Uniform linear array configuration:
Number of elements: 4
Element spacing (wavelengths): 0.25
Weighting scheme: hamming
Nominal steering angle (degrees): -45
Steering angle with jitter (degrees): -43.551
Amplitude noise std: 0.05
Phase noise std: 0.05

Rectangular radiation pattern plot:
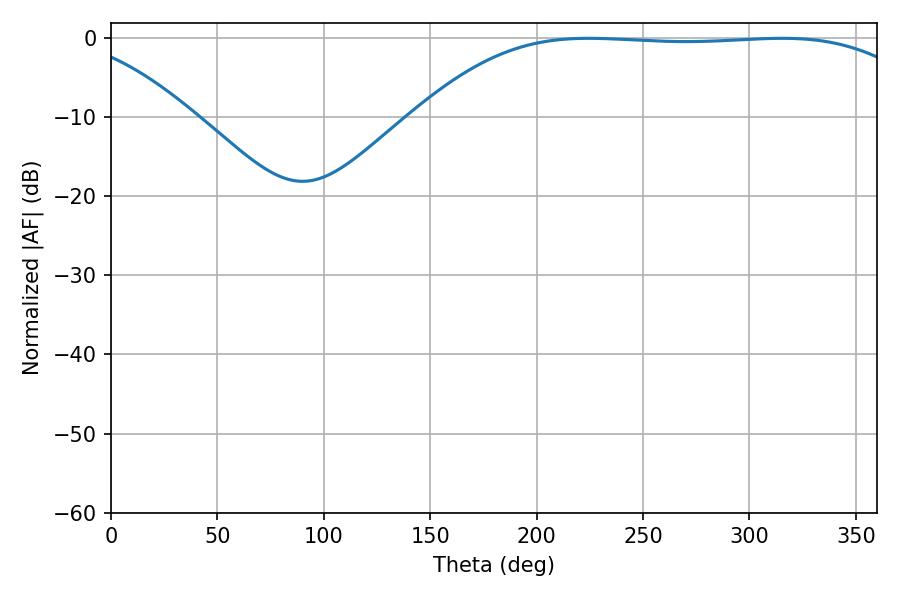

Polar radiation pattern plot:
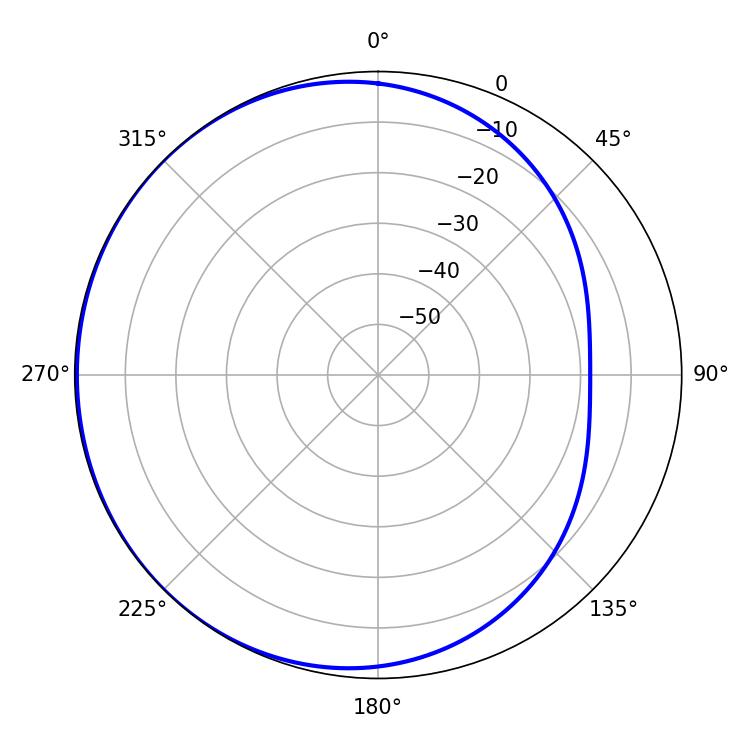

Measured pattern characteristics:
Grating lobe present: FALSE
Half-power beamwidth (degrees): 184.86
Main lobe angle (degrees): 224.46